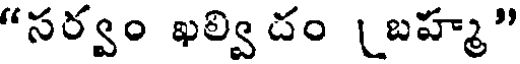
"సర్వం ఖల్వి దం (బహ్మ"